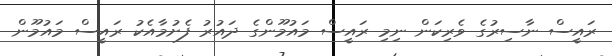
ރައީސް ނާސިރުގެ ވެރިކަން ނިމި ރައީސް މައުމޫންގެ ދައުރު ފެށުމާއެކު ރައީސް މައުމޫން